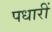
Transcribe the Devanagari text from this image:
पधारीं